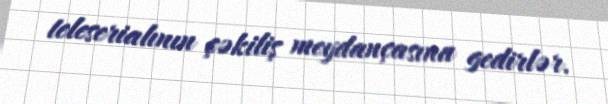
teleserialının çəkiliş meydançasına gedirlər.